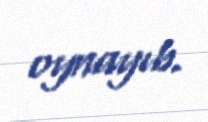
oynayıb.